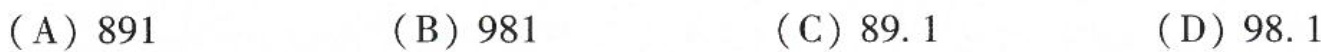
(A)891(B)981(C)89.1(D)98.1